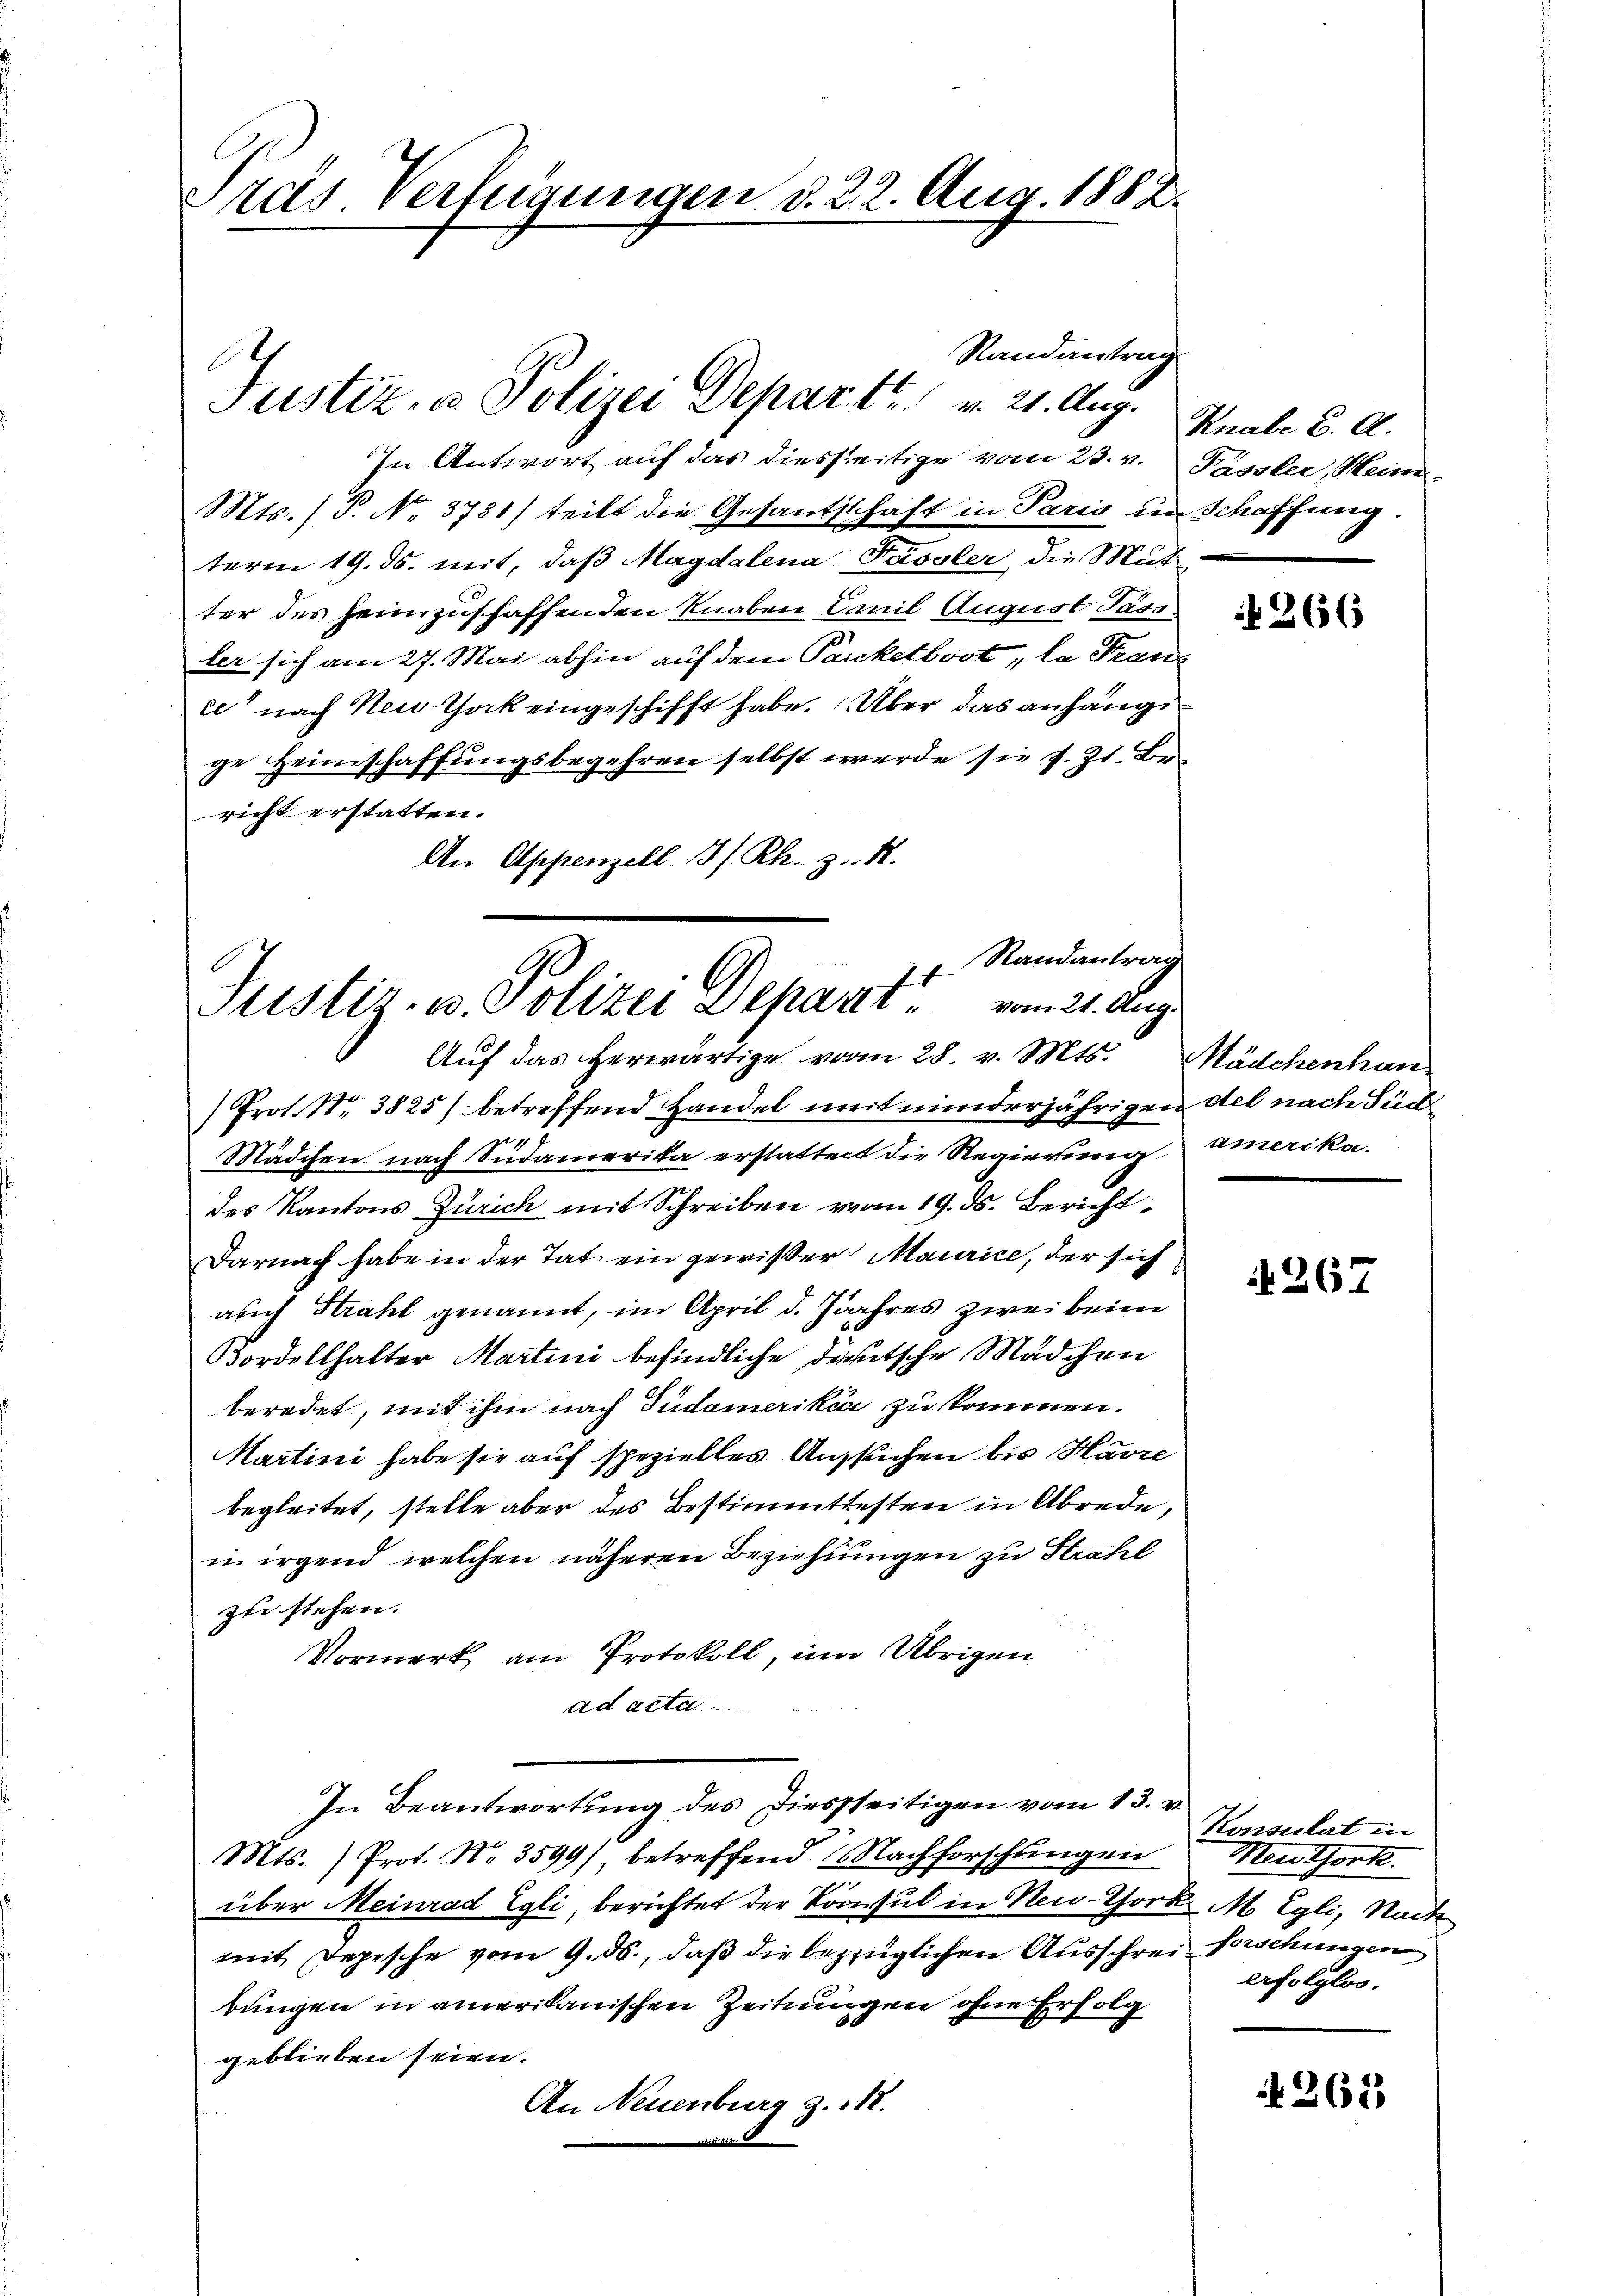
Präs. Verfügungen d. 22. Aug. 1882.

Randantrag
In Antwort auf das diesseitige vom 23. v. Passler, Meine
Mts. (T. N. 3731) teilt die Gesandtschaft in Paris im Schaffung.
term 19. ds. mit, daß Magdalena Tassler, die Mut
ter des heimzuschaffenden Knaben Emil August Pass
ler sich am 27. Mai abhin auf dem Pauketboot „la Tran-
ee nach Neu-Thock eingeschifft habe. Über das anhängige Heimschaffungsbegehren selbst werde sie z. Zt. Be.
richt erstatten.
An Appenzell I/Rh. z. R.

Justiz- u. Polizei Depart v. 21. Aug.

Randantrag
t
Justiz- u. Polizei Depart vom 21. Aug.
Auf das herwärtige vom 28. v. Mts. Mädchenhau¬

/Prot. Nr. 3825) betreffend Handel mit minderjährigen stel nach Süd
Mädchen nach Südamerika erstattent die Regierung amerika-
des Kantons Zürich mit Schreiben vom 19. ds. Bericht
Darnach habe in der Tat ein gewißer Maurice, der sich
abech Strahl genannt, im April d. Jahres zwei beim
Vordellhalter Martini befindliche deutsche Mädchen
beredet, mit ihm nach Sudamerika zu kommen.
Martini habe sie auf spezielles Ansuchen bis Havre
begleitet, stelle aber des Bestimmttesten in Abrede,
in irgend welchen näheren Beziehungen zu Strahl
zu stehen.
Vormerk am Protokoll, um Übrigen
ad acte.
In Beantwortung des Diessseitigen vom 13. v.
Mts. ) Prot. No. 3599), betreffend Nachforschlingen Menthork
über Meinrad Egli berichtet der Vorwul in Neu-Thock. M. Egli, Nach
mit Depesche vom 9. ds., daß die bezüglichen Ausschrei Vorschungen
bungen in amerikanischen Zeitungen ohne Erfolg
geblieben seien.
An Neuenburg z. M.

Knabe B. A.

N 266

§ 267

Konsulat in
erfolglos.

265